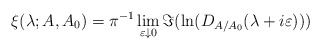
\begin{align*}\xi(\lambda; A,A_0) = \pi^{-1} \lim_{\varepsilon \downarrow 0} \Im(\ln(D_{A/A_0}(\lambda + i \varepsilon))) \, \end{align*}